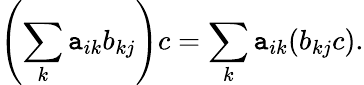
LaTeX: \left(\sum_{k}\mathtt{a}_{ik}b_{kj}\right)c=\sum_{k}\mathtt{a}_{ik}(b_{kj}c).